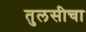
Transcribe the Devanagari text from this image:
तुलसीचा